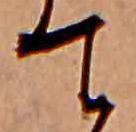
て